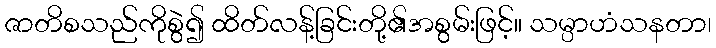
ဇာတိစသည်ကိုစွဲ၍ ထိတ်လန့်ခြင်းတို့၏အစွမ်းဖြင့်။ သမ္ပာဟံသနတာ၊